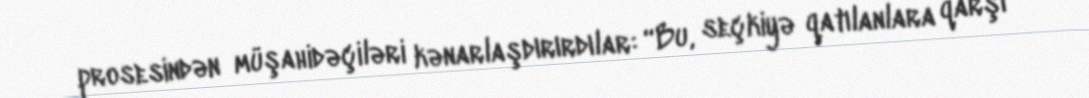
prosesindən müşahidəçiləri kənarlaşdırırdılar: “Bu, seçkiyə qatılanlara qarşı